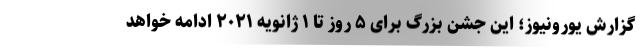
گزارش یورونیوز؛ این جشن بزرگ برای ۵ روز تا ۱ ژانویه ۲۰۲۱ ادامه خواهد